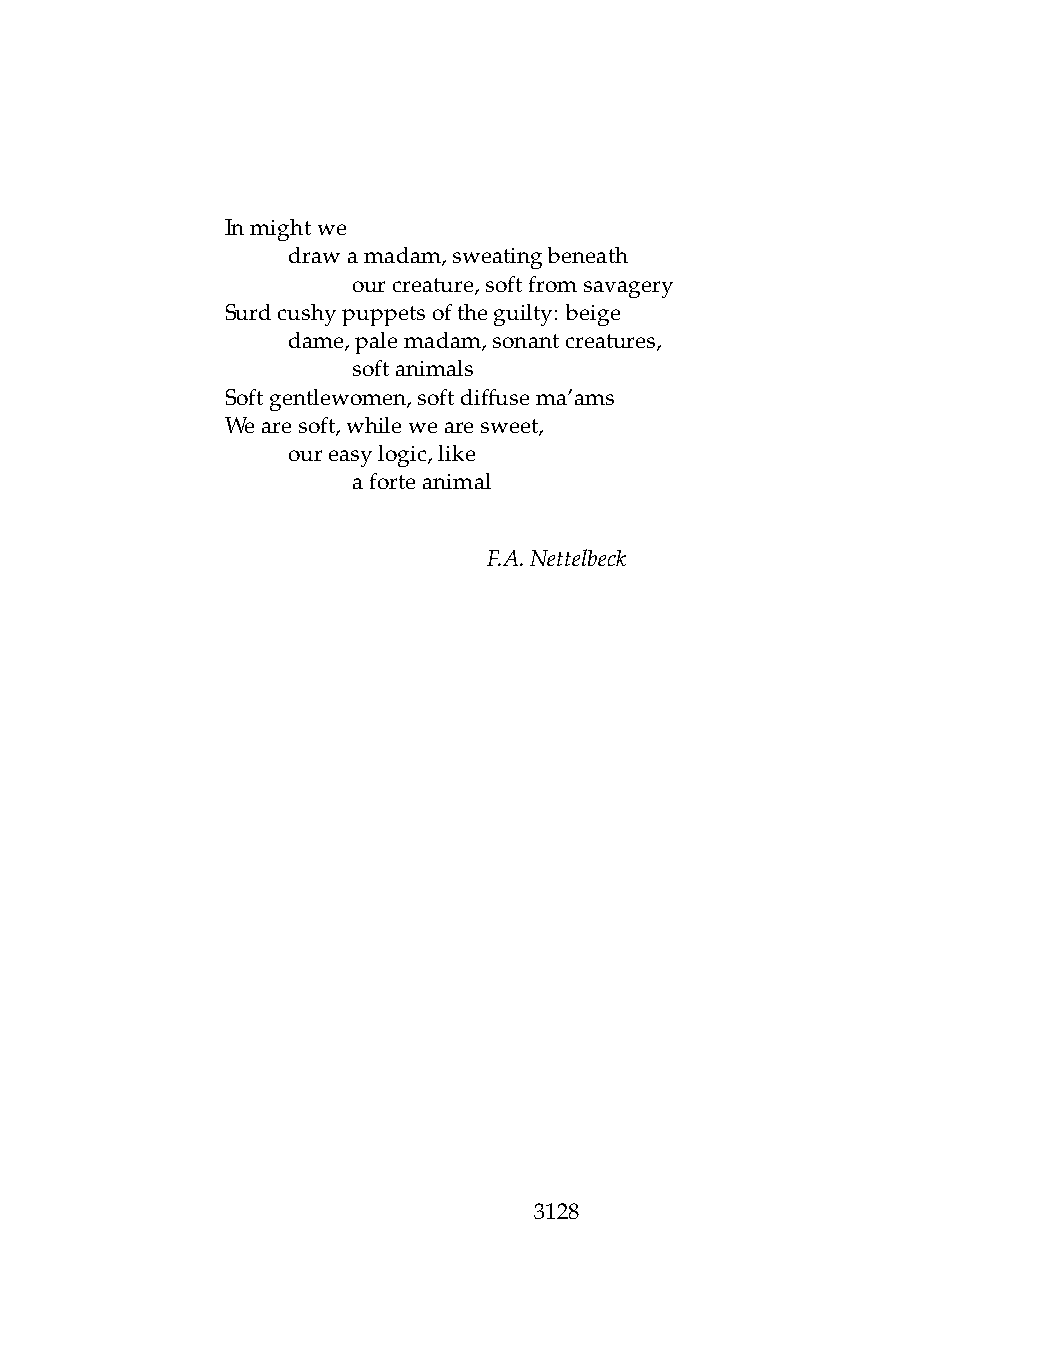
Inmightwe
 .   drawamadam,sweatingbeneath
 .   .   ourcreature,softfromsavagery
 Surdcushypuppetsoftheguilty: beige
 .   dame,palemadam,sonantcreatures,
 .   .   softanimals
 Softgentlewomen,softdiffusema’ams
 Wearesoft,whilewearesweet,
 .   oureasylogic,like
 .   .   aforteanimal
 F.A.Nettelbeck
 3128